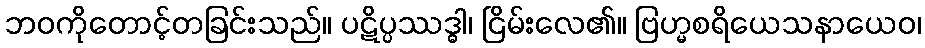
ဘဝကိုတောင့်တခြင်းသည်။ ပဋိပ္ပဿဒ္ဓါ၊ ငြိမ်းလေ၏။ ဗြဟ္မစရိယေသနာယေဝ၊